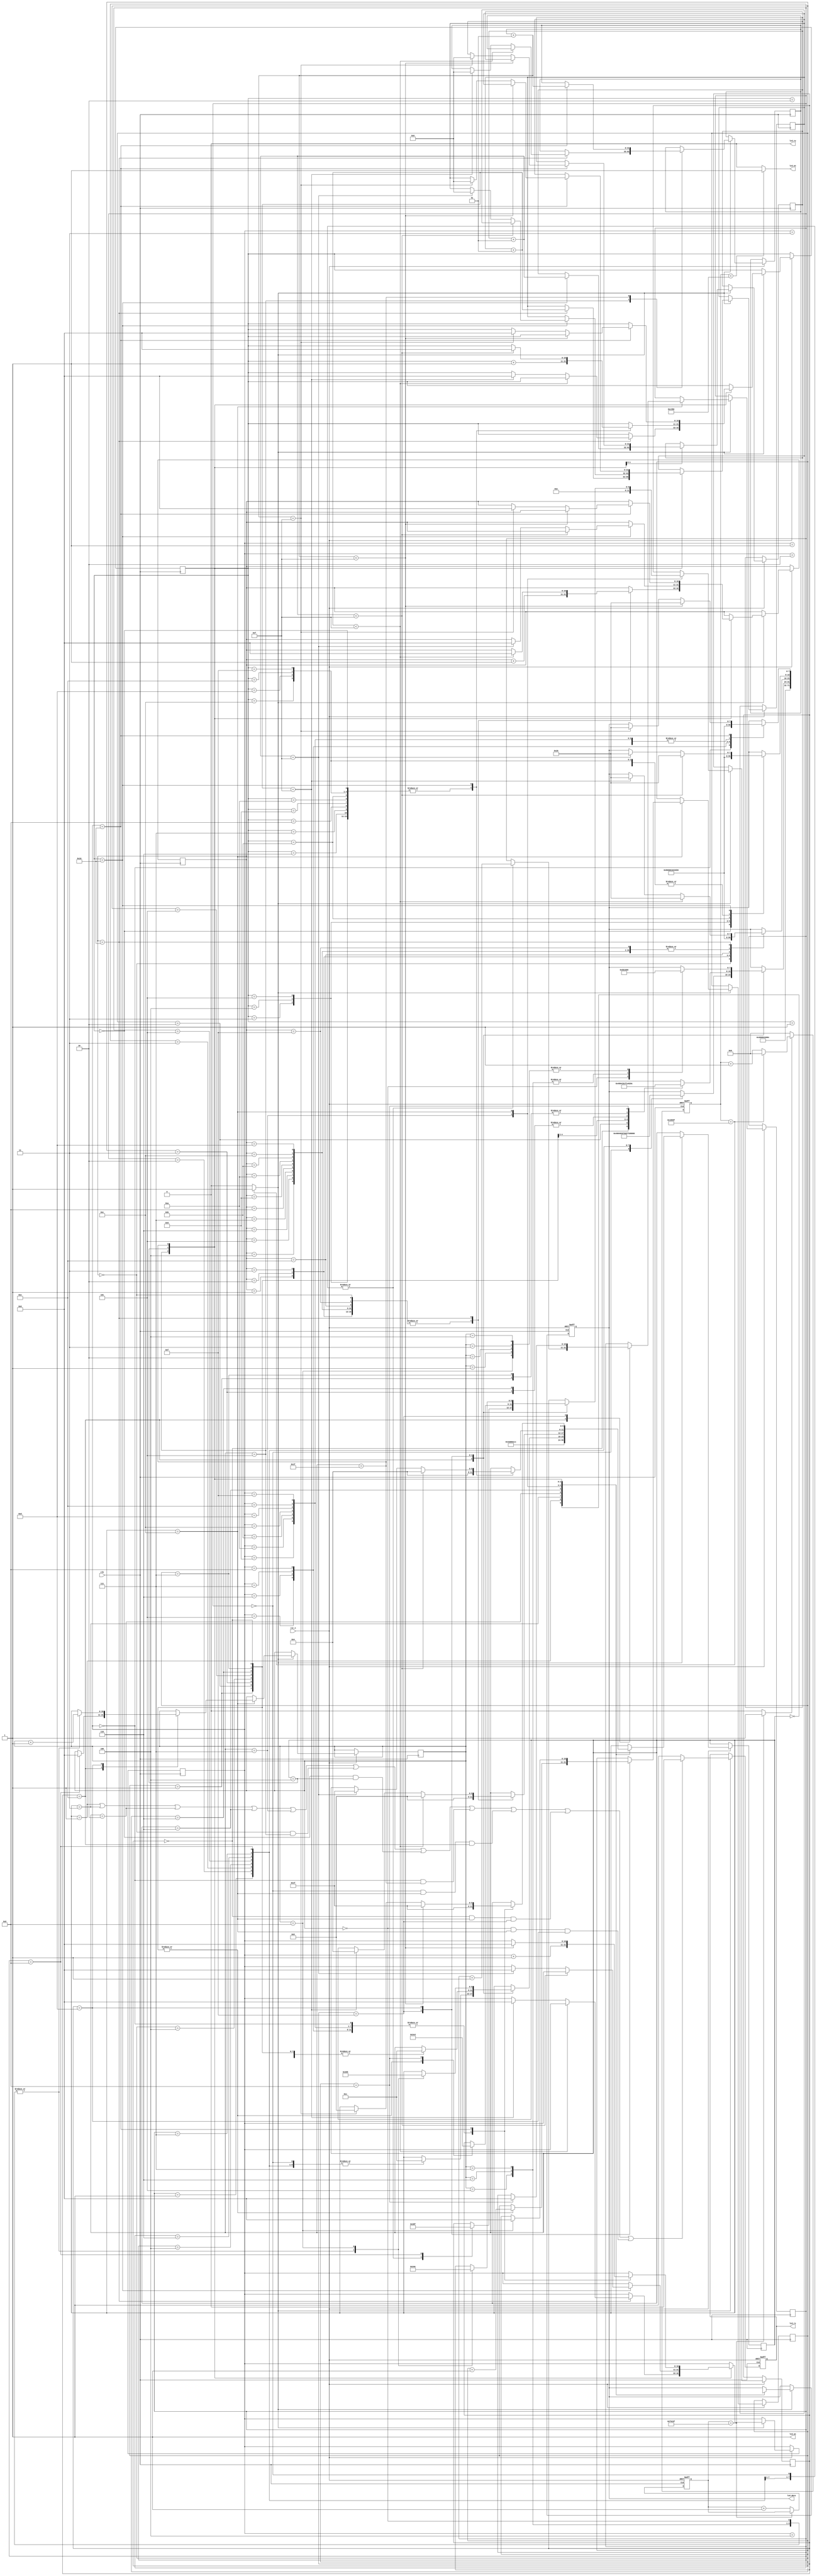
module lcdSTR( 
clk,
rst_n,
lcd_en,
lcd_rw, //always "0" because always read
lcd_rs,
lcd_data,
lcd_on);//flag2);

input clk;
input rst_n;
output lcd_on;
output lcd_en;
output lcd_rw;
output lcd_rs;
output [7:0] lcd_data;
wire clk;
wire rst_n;
wire lcd_en;
wire lcd_rw;
reg [7:0] lcd_data;
reg lcd_rs;
reg [5:0] state;
reg [5:0] symbol;
reg [10:0] num;
reg [10:0] mun;
reg [10:0] ham;
reg [10:0] mah;
reg [10:0] bite;
reg [10:0] bit;
reg [10:0] bi;
wire [127:0] row_1;
wire [127:0] row_2;
wire [127:0] row_3;
//wire [127:0] row_4;
//reg flag;
integer h = 0;
integer k = 0;
integer g = 0;
//integer e = 0;

assign row_1 ="             -  ";
assign row_2 ="          -     ";
assign row_3 ="       -        ";
//assign row_4 ="      X__X      ";

//--------------------------------------------------------------------
//initialize
//first step is waitng more than 20 ms.
parameter TIME_20MS = 1000_000 ; //20000000/20=1000_000

parameter TIME_500HZ= 100_000 ; // 2 ms

//parameter TIME_sec= 100 ; // 1 s
reg [10:0] cnt_sec ;
reg [10:0] cnt_1sec ;
//use gray code
parameter IDLE= 8'h00 ;
parameter SET_FUNCTION= 8'h01 ;
parameter DISP_OFF= 8'h03 ;
parameter DISP_CLEAR= 8'h02 ;
parameter ENTRY_MODE= 8'h06 ;
parameter DISP_ON = 8'h07 ;
parameter ROW1 = 8'h05 ;
parameter ROW2 = 8'h04 ;
parameter CREATE = 8'h0C ;
parameter THIRD = 8'h0D ;
parameter SECOND = 8'h0F ;
parameter FIRST = 8'h0E ;
parameter ROW3 = 8'h1F ;
//parameter ROW4 = 8'h1E ;
//parameter DELAY1 = 8'h0C ;
//parameter DELAY2 = 8'h0D ;

//--------------------------------------------------------------------
//20ms
reg [19:0] cnt_20ms ;
always @(posedge clk or negedge rst_n)begin
if(rst_n==1'b0)begin
cnt_20ms<=0;
end
else if(cnt_20ms == TIME_20MS - 1)begin
cnt_20ms<=cnt_20ms;
end
else
cnt_20ms<=cnt_20ms + 1 ;
end
wire delay_done = (cnt_20ms==TIME_20MS-1)? 1'b1 : 1'b0 ;
//--------------------------------------------------------------------
//500Hz
reg [19:0] cnt_500hz;
always @(posedge clk or negedge rst_n)begin
if(rst_n==1'b0)begin
cnt_500hz <= 0;
end
else if(delay_done==1)begin
if(cnt_500hz== TIME_500HZ - 1)
cnt_500hz<=0;
else
cnt_500hz<=cnt_500hz + 1 ;
end
else
cnt_500hz<=0;
end
assign lcd_on = 1'b1;
assign lcd_en = ((cnt_500hz<(TIME_500HZ)/2)/*&&(flag==0)*/)? 1'b1 : 1'b0;
assign write_flag = (cnt_500hz==TIME_500HZ - 1) ? 1'b1 : 1'b0 ;

//set_function ,display off, display clear ,entry mode set
//--------------------------------------------------------------------
assign lcd_rw = 0;
always @(posedge clk or negedge rst_n)begin
if(rst_n==1'b0)begin
lcd_rs <= 0 ; //whatever order or data 0: order 1:data
end
else if(write_flag == 1)begin
if((state==SET_FUNCTION)||(state==DISP_OFF)|| //if command(order) then
(state==DISP_CLEAR)||(state==ENTRY_MODE)||
(state==DISP_ON ) ||((num==0)&&(state==ROW1))||
((mun==0)&&(state==ROW2))||((ham==0)&&(state==ROW3))||((bite==0)&&(state==CREATE)&&(symbol==FIRST))||
((bit==0)&&(state==CREATE)&&(symbol==SECOND))||((bi==0)&&(state==CREATE)&&(symbol==THIRD)))
begin
lcd_rs<=0;
end
else begin
lcd_rs<= 1;
end
end
else begin
lcd_rs<=lcd_rs;
end
end

always @(posedge clk or negedge rst_n)begin
if(rst_n==1'b0)begin
lcd_data<=0 ;
end
else if(write_flag)begin
case(state)

	IDLE: 
begin 
lcd_data <= 8'hxx;
state <= SET_FUNCTION;
end
	SET_FUNCTION:
begin 
lcd_data <= 8'h38; //2*16 5*8 8
state <= DISP_OFF;
end
	DISP_OFF: 
begin 
lcd_data <= 8'h08;
state <= DISP_CLEAR;
end	
	DISP_CLEAR: 
begin 
lcd_data <= 8'h01;
state <= ENTRY_MODE;
end	
	ENTRY_MODE: 
begin
lcd_data <= 8'h06;
state <= DISP_ON;
end
	DISP_ON : 
begin
lcd_data <= 8'h0c; //The display function is on, there is no cursor, and it does not flash
state <= CREATE;
symbol <= FIRST;
end
	CREATE:
	begin
	case(symbol)
		FIRST:
		begin
		case(bite)
		0:
		begin
		lcd_data <= 8'h40;
		state <= CREATE;
		symbol <= FIRST;
		bite <= bite+1;
		end
		1:
		begin
		lcd_data <= 8'h04;
		state <= CREATE;
		symbol <= FIRST;
		bite <= bite+1;
		end
		2:
		begin
		lcd_data <= 8'h02;
		state <= CREATE;
		symbol <= FIRST;
		bite <= bite+1;
		end
		3:
		begin
		lcd_data <= 8'h07;
		state <= CREATE;
		symbol <= FIRST;
		bite <= bite+1;
		end
		4:
		begin
		lcd_data <= 8'h0D;
		state <= CREATE;
		symbol <= FIRST;
		bite <= bite+1;
		end
		5:
		begin
		lcd_data <= 8'h1F;
		state <= CREATE;
		symbol <= FIRST;
		bite <= bite+1;
		end
		6:
		begin
		lcd_data <= 8'h17;
		state <= CREATE;
		symbol <= FIRST;
		bite <= bite+1;
		end
		7:
		begin
		lcd_data <= 8'h14;
		state <= CREATE;
		symbol <= FIRST;
		bite <= bite+1;
		end
	   8:
		begin
		lcd_data <= 8'h03;
		state <= CREATE;
		symbol <= SECOND;
		bi <= 0;
		end
		endcase
		end
		
		SECOND:
		begin
		case(bit)
		0:
		begin
		lcd_data <= 8'h48;//2 
		state <= CREATE;
		symbol <= SECOND;
		bit <= bit+1;
		end
		1:
		begin
		lcd_data <= 8'h02;
		state <= CREATE;
		symbol <= SECOND;
		bit <= bit+1;
		end
		2:
		begin
		lcd_data <= 8'h04;
		state <= CREATE;
		symbol <= SECOND;
		bit <= bit+1;
		end
		3:
		begin
		lcd_data <= 8'h1E;
		state <= CREATE;
		symbol <= SECOND;
		bit <= bit+1;
		end
		4:
		begin
		lcd_data <= 8'h1B;
		state <= CREATE;
		symbol <= SECOND;
		bit <= bit+1;
		end
		5:
		begin
		lcd_data <= 8'h1F;
		state <= CREATE;
		symbol <= SECOND;
		bit <= bit+1;
		end
		6:
		begin
		lcd_data <= 8'h1E;
		state <= CREATE;
		symbol <= SECOND;
		bit <= bit+1;
		end
		7:
		begin
		lcd_data <= 8'h02;
		state <= CREATE;
		symbol <= SECOND;
		bit <= bit+1;
		end
		8:
		begin
		lcd_data <= 8'h0C;
		state <= CREATE;
		symbol <= THIRD;
		bite<= 0;
		end
		endcase
		end
		
		THIRD:
		begin
		case(bi)
		0:
		begin
		lcd_data <= 8'h50;
		state <= CREATE;
		symbol <= THIRD;
		bi <= bi+1;
		end
		1:
		begin
		lcd_data <= 8'h00;
		state <= CREATE;
		symbol <= THIRD;
		bi <= bi+1;
		end
		2:
		begin
		lcd_data <= 8'h00;
		state <= CREATE;
		symbol <= THIRD;
		bi <= bi+1;
		end
		3:
		begin
		lcd_data <= 8'h00;
		state <= CREATE;
		symbol <= THIRD;
		bi <= bi+1;
		end
		4:
		begin
		lcd_data <= 8'h00;
		state <= CREATE;
		symbol <= THIRD;
		bi <= bi+1;
		end
		5:
		begin
		lcd_data <= 8'h10;
		state <= CREATE;
		symbol <= THIRD;
		bi <= bi+1;
		end
		6:
		begin
		lcd_data <= 8'h10;
		state <= CREATE;
		symbol <= THIRD;
		bi <= bi+1;
		end
		7:
		begin
		lcd_data <= 8'h10;
		state <= CREATE;
		symbol <= THIRD;
		bi <= bi+1;
		end
		8:
		begin
		lcd_data <= 8'h00;
		state <= ROW1;
		symbol <= FIRST;
		bit <= 0;
		end
		endcase
		end
	endcase
	end
	
	ROW1:
	begin
		case(num)
		0:
		begin
		lcd_data <= 8'h80; //00+80
		state <= ROW1;
		num <= num+1;
		end
		1:
		begin
		lcd_data <=8'h00; //00+80
		state <= ROW1;
		num <= num+1;
		end
		2:
		begin
		lcd_data <=8'h01; 
		state <= ROW1;
		num <= num+1;
		end
		3:
		begin
		lcd_data <= 8'h02; 
		state <= ROW1;
		num <= num+1;
		end
		4:
		begin
		lcd_data <= row_1 [103: 96]; 
		state <= ROW1;
		num <= num+1;
		end
		5:
		begin
		lcd_data <= row_1 [ 95: 88]; 
		state <= ROW1;
		num <= num+1;
		end
		6:
		begin
		lcd_data <= row_1 [ 87: 80]; 
		state <= ROW1;
		num <= num+1;
		end
		7:
		begin
		lcd_data <= row_1 [ 79: 72];
		state <= ROW1;
		num <= num+1;
		end
		8:
		begin
		lcd_data <= row_1 [ 71: 64];
		state <= ROW1;
		num <= num+1;
		end
		9:
		begin
		lcd_data <= row_1 [ 63: 56]; 
		state <= ROW1;
		num <= num+1;
		end
		10:
		begin
		lcd_data <= row_1 [ 55: 48]; 
		state <= ROW1;
		num <= num+1;
		end
		11:
		begin
		lcd_data <= row_1 [ 47: 40]; 
		state <= ROW1;
		num <= num+1;
		end
		12:
		begin
		lcd_data <= row_1 [ 39: 32]; 
		state <= ROW1;
		num <= num+1;
		end
		13:
		begin
		lcd_data <= row_1 [ 31: 24]; 
		state <= ROW1;
		num <= num+1;
		end
		14:
		begin
		lcd_data <= row_1 [ 23: 16]; 
		state <= ROW1;
		num <= num+1;
		end
		15:
		begin
		lcd_data <= row_1 [ 15: 8]; 
		state <= ROW1;
		num <= num+1;
		end
		16:
		begin
		k=k+1;
		if(k<15) begin
		lcd_data <= row_1 [ 7: 0]; 
		state <= ROW1;
		num <=0;
		end
		else if (k==15) begin
		lcd_data <= row_1 [ 7: 0]; 
		state <= ROW2;
		//num <=0;
		mun <= 0;
		ham <= 0;
		//k<=0;
		g <= 0;
		end
		end
		endcase
	end
		
	ROW2:
	begin
		case(mun)
		0:
		begin
		lcd_data <= 8'h80; 
		state <= ROW2;
		mun <= mun+1;
		end
		1:
		begin
		lcd_data <=row_2 [127:120]; 
		state <= ROW2;
		mun <= mun+1;
		end
		2:
		begin
		lcd_data <= row_2 [119:112];  
		state <= ROW2;
		mun <= mun+1;
		end
		3:
		begin
		lcd_data <= 8'h00; 
		state <= ROW2;
		mun <= mun+1;
		end
		4:
		begin
		lcd_data <= 8'h01;
		state <= ROW2;
		mun <= mun+1;
		end
		5:
		begin
		lcd_data <= 8'h02; 
		state <= ROW2;
		mun <= mun+1;
		end
		6:
		begin
		lcd_data <= row_2 [ 87: 80]; 
		state <= ROW2;
		mun <= mun+1;
		end
		7:
		begin
		lcd_data <= row_2 [ 79: 72];
		state <= ROW2;
		mun <= mun+1;
		end
		8:
		begin
		lcd_data <= row_2 [ 71: 64];
		state <= ROW2;
		mun <= mun+1;
		end
		9:
		begin
		lcd_data <= row_2 [ 63: 56]; 
		state <= ROW2;
		mun <= mun+1;
		end
		10:
		begin
		lcd_data <= row_2 [ 55: 48]; 
		state <= ROW2;
		mun <= mun+1;
		end
		11:
		begin
		lcd_data <= row_2 [ 47: 40]; 
		state <= ROW2;
		mun <= mun+1;
		end
		12:
		begin
		lcd_data <= row_2 [ 39: 32]; 
		state <= ROW2;
		mun <= mun+1;
		end
		13:
		begin
		lcd_data <= row_2 [ 31: 24]; 
		state <= ROW2;
		mun <= mun+1;
		end
		14:
		begin
		lcd_data <= row_2 [ 23: 16]; 
		state <= ROW2;
		mun <= mun+1;
		end
		15:
		begin
		lcd_data <= row_2 [ 15: 8]; 
		state <= ROW2;
		mun <= mun+1;
		end
		16:
		begin
		h=h+1;
		if(h<15) begin
		lcd_data <= row_2 [ 7: 0]; 
		state <= ROW2;
		mun <=0;
		end
		else if (h==15) begin
		lcd_data <= row_2 [ 7: 0]; 
		state <= ROW3;
		num <= 0;
		//mun <= 0;
		ham <= 0;
		//h   <= 0;
		k <= 0;
		end
		end
		endcase
	end
		
	ROW3:
	begin
		case(ham)
		0:
		begin
		lcd_data <= 8'h80; 
		state <= ROW3;
		ham <= ham+1;
		end
		1:
		begin
		lcd_data <=row_3 [127:120]; 
		state <= ROW3;
		ham <= ham+1;
		end
		2:
		begin
		lcd_data <=row_3 [119:112]; 
		state <= ROW3;
		ham <= ham+1;
		end
		3:
		begin
		lcd_data <= row_3 [111:104]; 
		state <= ROW3;
		ham <= ham+1;
		end
		4:
		begin
		lcd_data <= row_1 [103: 96]; 
		state <= ROW3;
		ham <= ham+1;
		end
		5:
		begin
		lcd_data <= 8'h00; 
		state <= ROW3;
		ham <= ham+1;
		end
		6:
		begin
		lcd_data <= 8'h01; 
		state <= ROW3;
		ham <= ham+1;
		end
		7:
		begin
		lcd_data <= 8'h02;
		state <= ROW3;
		ham <= ham+1;
		end
		8:
		begin
		lcd_data <= row_3 [ 71: 64];
		state <= ROW3;
		ham <= ham+1;
		end
		9:
		begin
		lcd_data <= row_3 [ 63: 56]; 
		state <= ROW3;
		ham <= ham+1;
		end
		10:
		begin
		lcd_data <= row_3 [ 55: 48]; 
		state <= ROW3;
		ham <= ham+1;
		end
		11:
		begin
		lcd_data <= row_3 [ 47: 40]; 
		state <= ROW3;
		ham <= ham+1;
		end
		12:
		begin
		lcd_data <= row_3 [ 39: 32]; 
		state <= ROW3;
		ham <= ham+1;
		end
		13:
		begin
		lcd_data <= row_3 [ 31: 24]; 
		state <= ROW3;
		ham <= ham+1;
		end
		14:
		begin
		lcd_data <= row_3 [ 23: 16]; 
		state <= ROW3;
		ham <= ham+1;
		end
		15:
		begin
		lcd_data <= row_3 [ 15: 8]; 
		state <= ROW3;
		ham <= ham+1;
		end
		16:
		begin
		g=g+1;
		if(g<15) begin
		lcd_data <= row_3 [ 7: 0]; 
		state <= ROW3;
		ham <=0;
		end
		else if (g==15) begin
		lcd_data <= row_3 [ 7: 0]; 
		state <= ROW1;
		num <= 0;
		mun <= 0;
		mah <= 0;
		//e <= 0;
		//ham <= 0;
		//g   <= 0;
		h <= 0;
		k <= 0;
		end
		end
		endcase
	end
endcase
end
else 
lcd_data<=lcd_data ;
end
endmodule

	/*	
	
	lcd_data <= row_1 [ 95: 88]; 
		state <= ROW1;
		num <= num+1;
		end
		6:
		begin
		lcd_data <= row_1 [ 87: 80]; 
		state <= ROW1;
		num <= num+1;
		end
		7:
		begin
		lcd_data <= row_1 [ 79: 72];
		state <= ROW1;
		num <= num+1;
		end
		
	DELAY1:
		begin
		flag <= 1'b1;
		if (cnt_sec == TIME_sec - 1)
		begin
		cnt_sec <= 0;
		state <= ROW3;
		flag <= 1'b0;
		end
		else
		cnt_sec <= cnt_sec+1;
	   end*/
	/*		
	ROW3:
		begin
		case(ham)
		0:
		begin
		lcd_data <= 8'h80; 
		state <= ROW3;
		ham <= ham+1;
		end
		1:
		begin
		lcd_data <=row_3 [127:120]; 
		state <= ROW3;
		ham <= ham+1;
		end
		2:
		begin
		lcd_data <=row_3 [119:112]; 
		state <= ROW3;
		ham <= ham+1;
		end
		3:
		begin
		lcd_data <= row_3 [111:104]; 
		state <= ROW3;
		ham <= ham+1;
		end
		4:
		begin
		lcd_data <= row_3 [103: 96]; 
		state <= ROW3;
		ham <= ham+1;
		end
		5:
		begin
		lcd_data <= row_3 [ 95: 88]; 
		state <= ROW3;
		ham <= ham+1;
		end
		6:
		begin
		lcd_data <= row_3 [ 87: 80]; 
		state <= ROW3;
		ham <= ham+1;
		end
		7:
		begin
		lcd_data <= row_3 [ 79: 72];
		state <= ROW3;
		ham <= ham+1;
		end
		8:
		begin
		lcd_data <= row_3 [ 71: 64];
		state <= ROW3;
		ham <= ham+1;
		end
		9:
		begin
		lcd_data <= row_3 [ 63: 56]; 
		state <= ROW3;
		ham <= ham+1;
		end
		10:
		begin
		lcd_data <= row_3 [ 55: 48]; 
		state <= ROW3;
		ham <= ham+1;
		end
		11:
		begin
		lcd_data <= row_3 [ 47: 40]; 
		state <= ROW3;
		ham <= ham+1;
		end
		12:
		begin
		lcd_data <= row_3 [ 39: 32]; 
		state <= ROW3;
		ham <= ham+1;
		end
		13:
		begin
		lcd_data <= row_3 [ 31: 24]; 
		state <= ROW3;
		ham <= ham+1;
		end
		14:
		begin
		lcd_data <= row_3 [ 23: 16]; 
		state <= ROW3;
		ham <= ham+1;
		end
		15:
		begin
		lcd_data <= row_3 [ 15: 8]; 
		state <= ROW3;
		ham <= ham+1;
		end
		16:
		begin
		lcd_data <= row_3 [ 7: 0]; 
		state <= ROW2;
		mun <= 0;
		end
		endcase
		end
	*/
	/*
		DELAY2:
		begin
		flag <= 1'b1;
		if (cnt_1sec == TIME_sec - 1)
		begin
		cnt_1sec <= 0;
		state <= ROW1;
		flag <= 1'b0;
		end
		else
		cnt_sec <= cnt_1sec+1;
		end
	*/